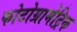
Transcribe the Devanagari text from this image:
फोटोग्रामेट्रिक